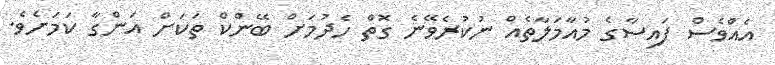
އެއްވެސް ފައިސާގެ މުއާމަލާތެއް ނުކުރެވޭނެ ގޮތް ހެދުމަށް ބޭންކް ތަކަށް އަންގާ ކަމަށެވެ.